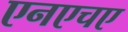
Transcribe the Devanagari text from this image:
एनएचए